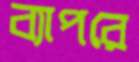
ব্যাপরে